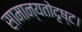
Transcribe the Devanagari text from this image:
सामान्यतोदृष्ट।